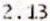
2.13